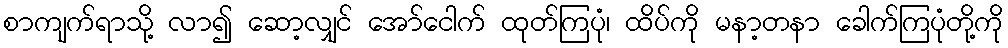
စာကျက်ရာသို့ လာ၍ ဆော့လျှင် အော်ငေါက် ထုတ်ကြပုံ၊ ထိပ်ကို မနာ့တနာ ခေါက်ကြပုံတို့ကို